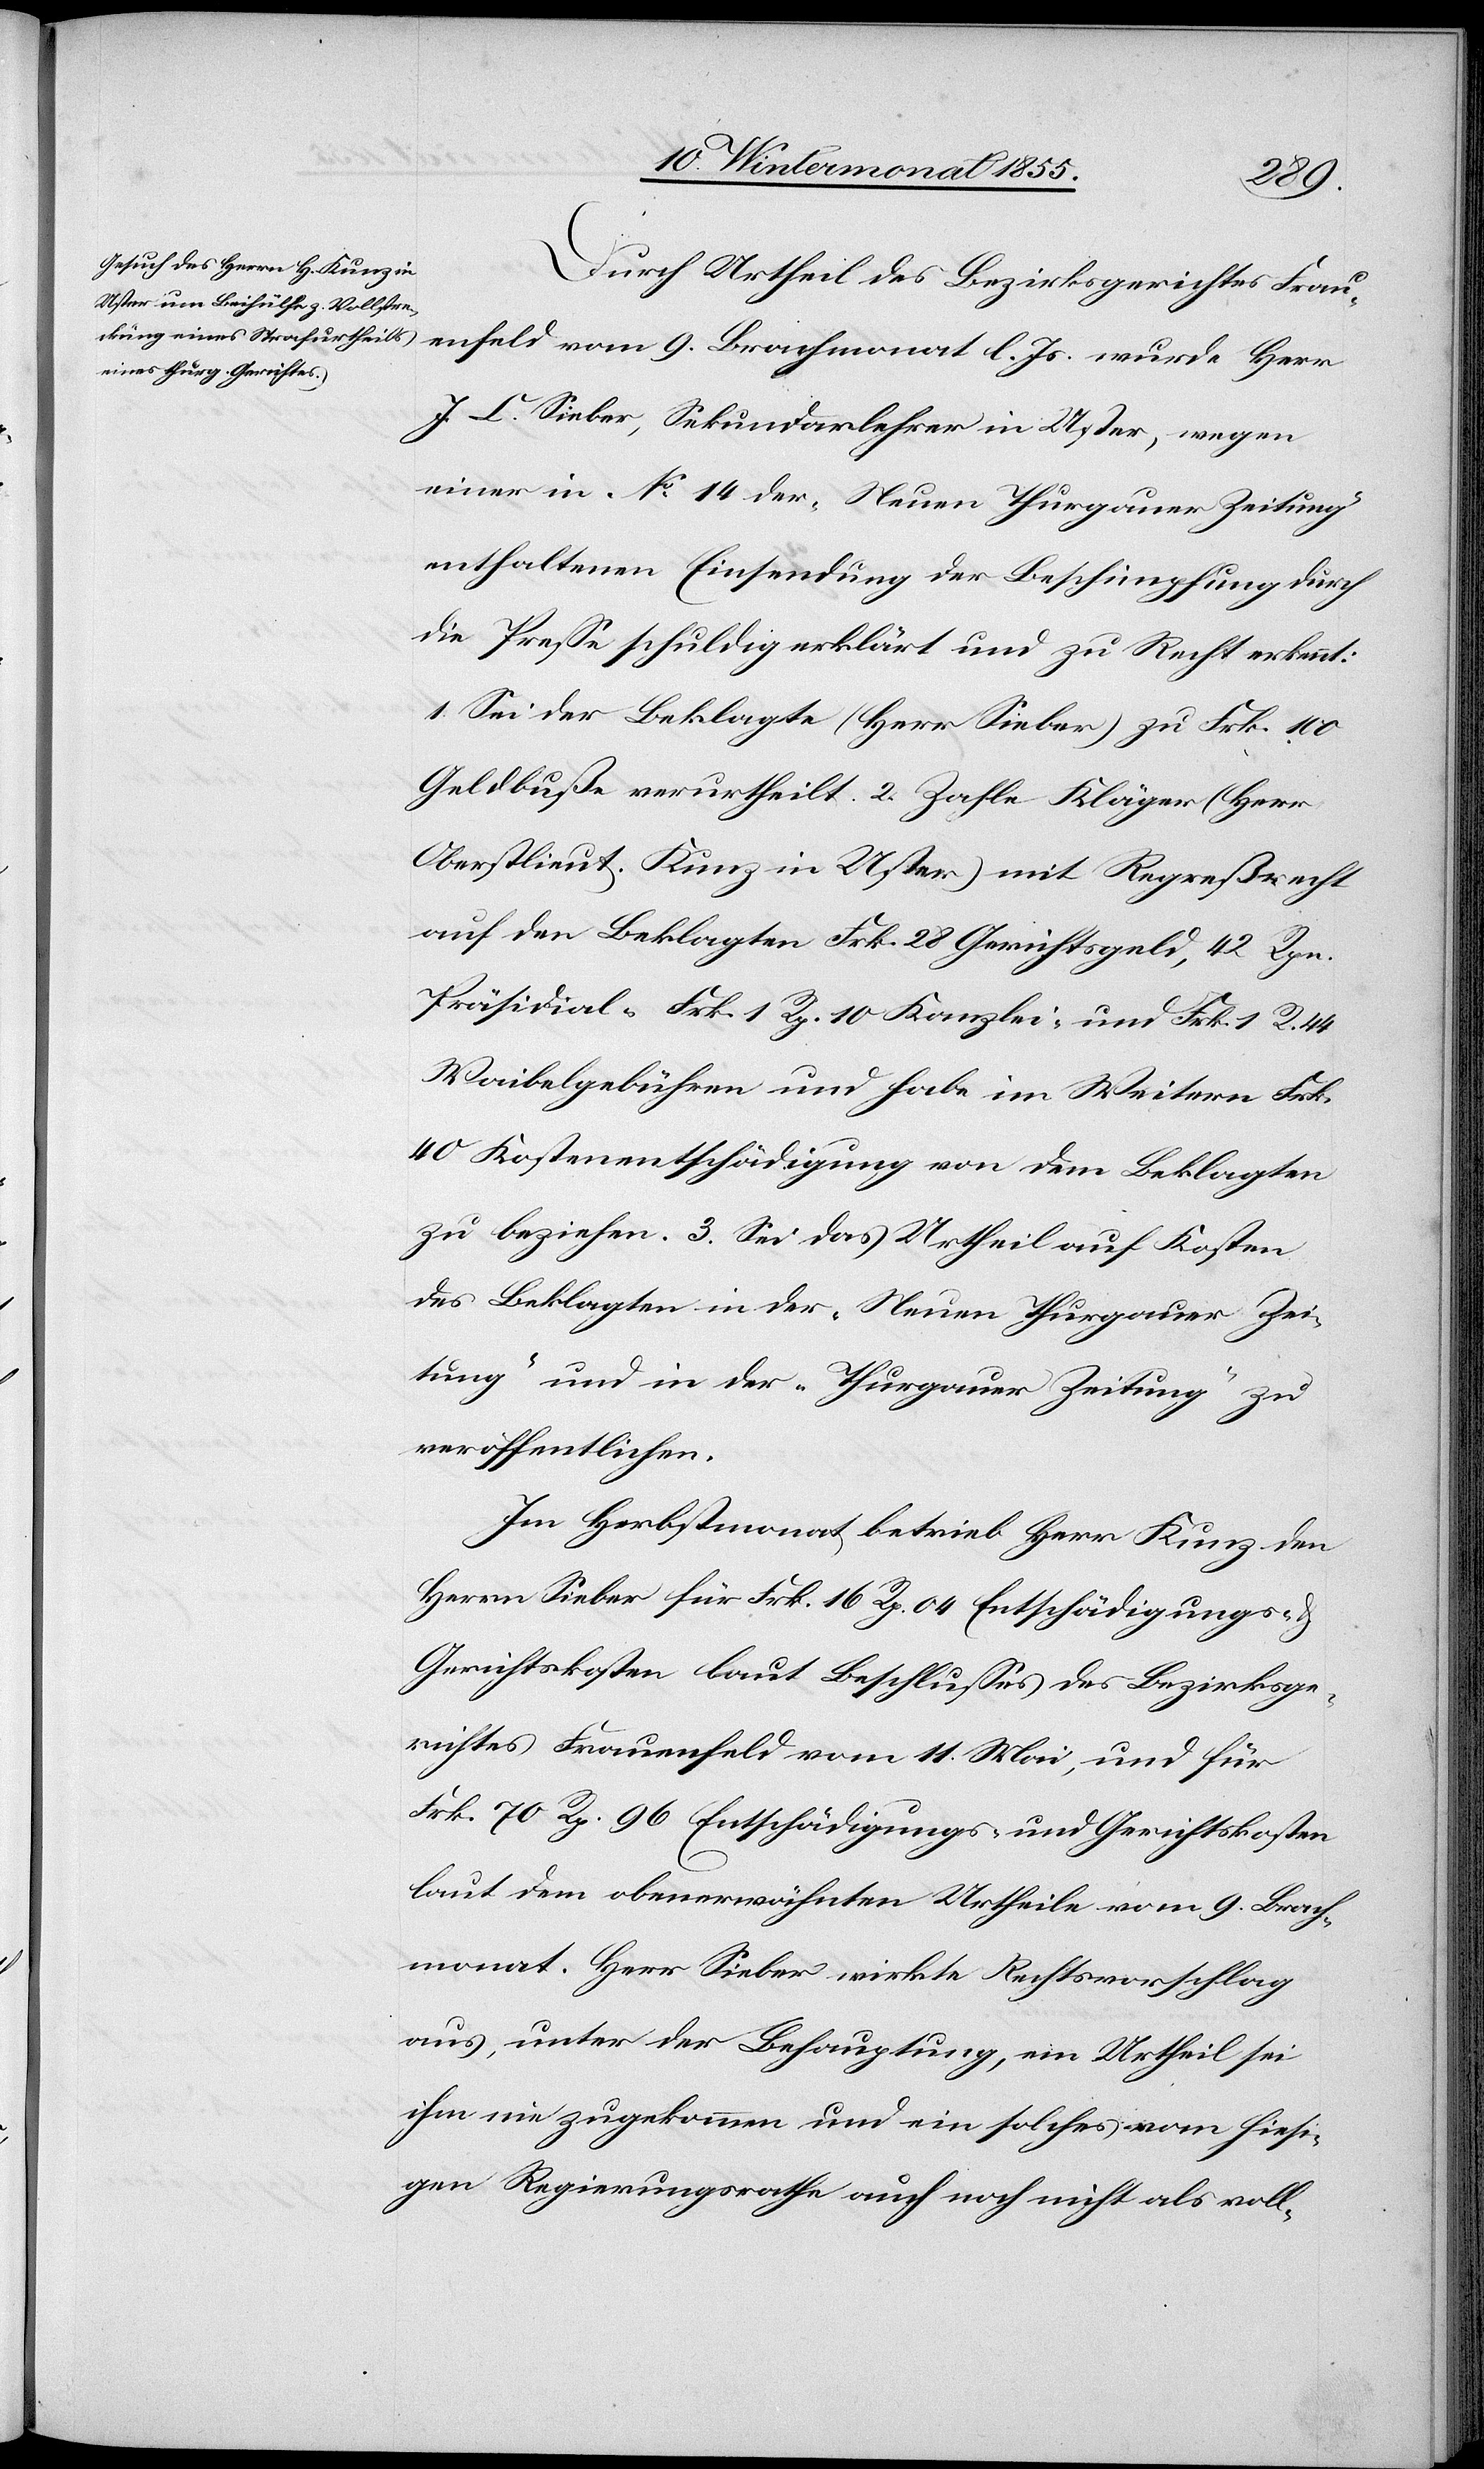
l.
Durch Urtheil des Bezirksgerichtes Frau¬
J. C. Sieber, Sekundarlehrer in Uster, wegen
einer in No. 14 der „Neuen Thurgauer Zeitung“
enthaltenen Einsendung der Beschimpfung durch
die Presse schuldig erklärt und zu Recht erkennt:
1. Sei der Beklagte (Herr Sieber) zu Frk. 100
Geldbuße verurtheilt. 2. Zahle Kläger (Herr
Oberstlieut. Kunz in Uster) mit Regreßrecht
auf den Beklagten Frk. 28 Gerichtsgeld, 42 Rpn.
Präsidial-[,] Frk. 1 Rp. 10 Kanzlei- und Frk. 1 R. 44
Waibelgebühren und habe im Weitern Frk.
40 Kostenentschädigung von dem Beklagten
zu beziehen. 3. Sei das Urtheil auf Kosten
des Beklagten in der „Neuen Thurgauer Zei¬
tung“ und in der „Thurgauer Zeitung“ zu
veröffentlichen.
Im Herbstmonat betrieb Herr Kunz den
Herrn Sieber für Frk. 16 Rp. 04 Entschädigungs- &
Gerichtskosten laut Beschlusses des Bezirksge¬
richtes Frauenfeld vom 11. Mai, und für
Frk. 70 Rp. 96 Entschädigungs- und Gerichtskosten
laut dem obenerwähnten Urtheile vom 9. Brach¬
monat. Herr Sieber wirkte Rechtsvorschlag
aus, unter der Behauptung, ein Urtheil sei
ihm nie zugekommen und ein solches vom hiesi¬
gen Regierungsrathe auch noch nicht als voll-